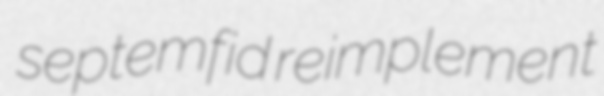
septemfid reimplement